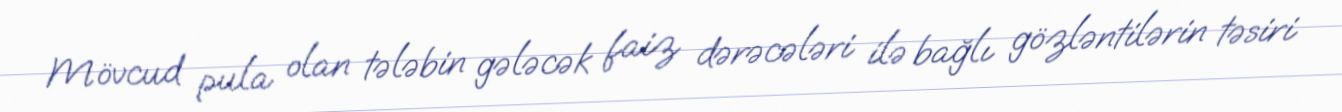
Mövcud pula olan tələbin gələcək faiz dərəcələri ilə bağlı gözləntilərin təsiri